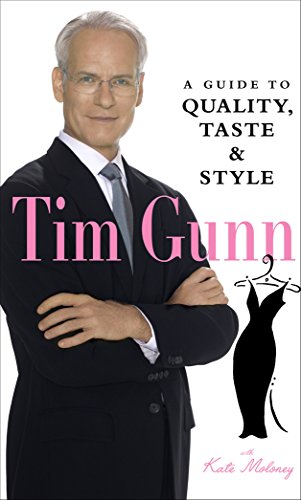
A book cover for Tim Gunn: A Guide to Quality, Taste and Style (Tim Gunn's Guide to Style); Tim Gunn; Health, Fitness & Dieting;